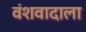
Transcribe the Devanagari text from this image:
वंशवादाला